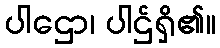
ပါဌော၊ ပါဌ်ရှိ၏။